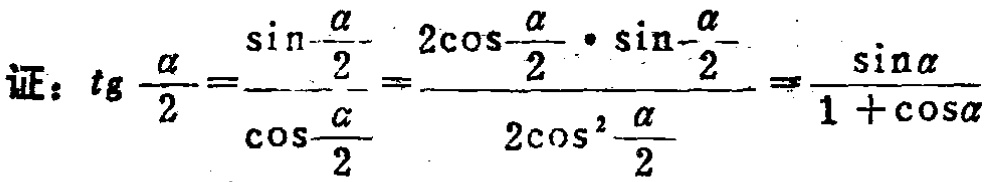
证：\(tg\frac{\alpha}{2}=\frac{\sin\frac{\alpha}{2}}{\cos\frac{\alpha}{2}}=\frac{2\cos\frac{\alpha}{2}\cdot\sin\frac{\alpha}{2}}{2\cos^{2}\frac{\alpha}{2}}=\frac{\sin\alpha}{1 + \cos\alpha}\)